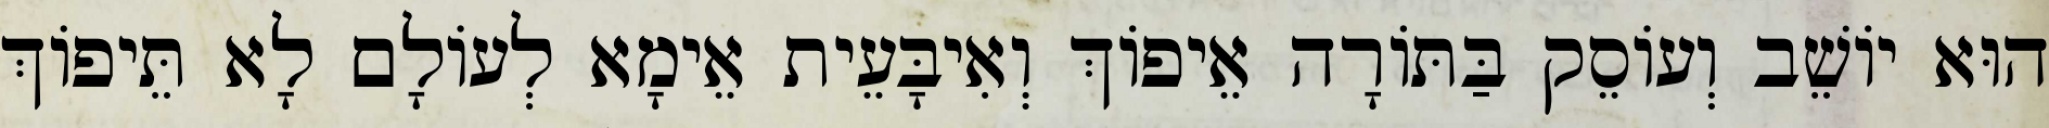
הוּא יוֹשֵׁב וְעוֹסֵק בַּתּוֹרָה אֵיפוֹךְ וְאִיבָּעֵית אֵימָא לְעוֹלָם לָא תֵּיפוֹךְ